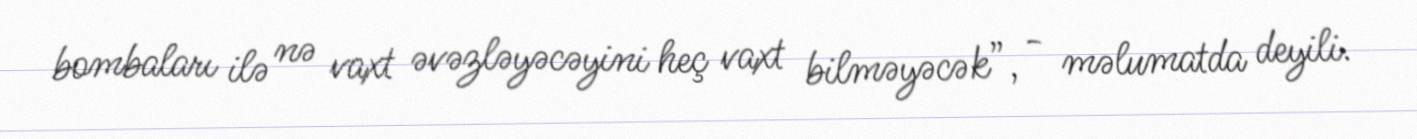
bombaları ilə nə vaxt əvəzləyəcəyini heç vaxt bilməyəcək”, - məlumatda deyili.